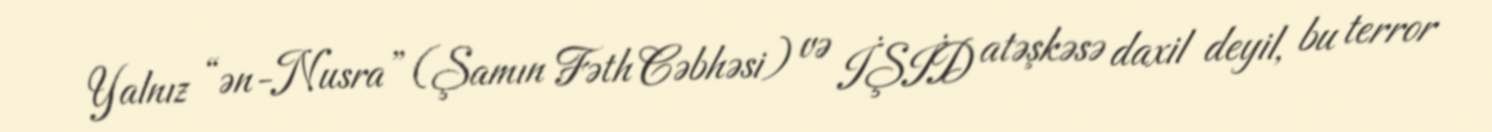
Yalnız “ən-Nusra” (Şamın Fəth Cəbhəsi) və İŞİD atəşkəsə daxil deyil, bu terror